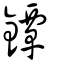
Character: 鐔